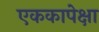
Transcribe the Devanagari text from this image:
एककापेक्षा